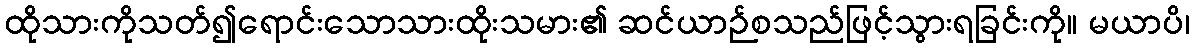
ထိုသားကိုသတ်၍ရောင်းသောသားထိုးသမား၏ ဆင်ယာဉ်စသည်ဖြင့်သွားရခြင်းကို။ မယာပိ၊